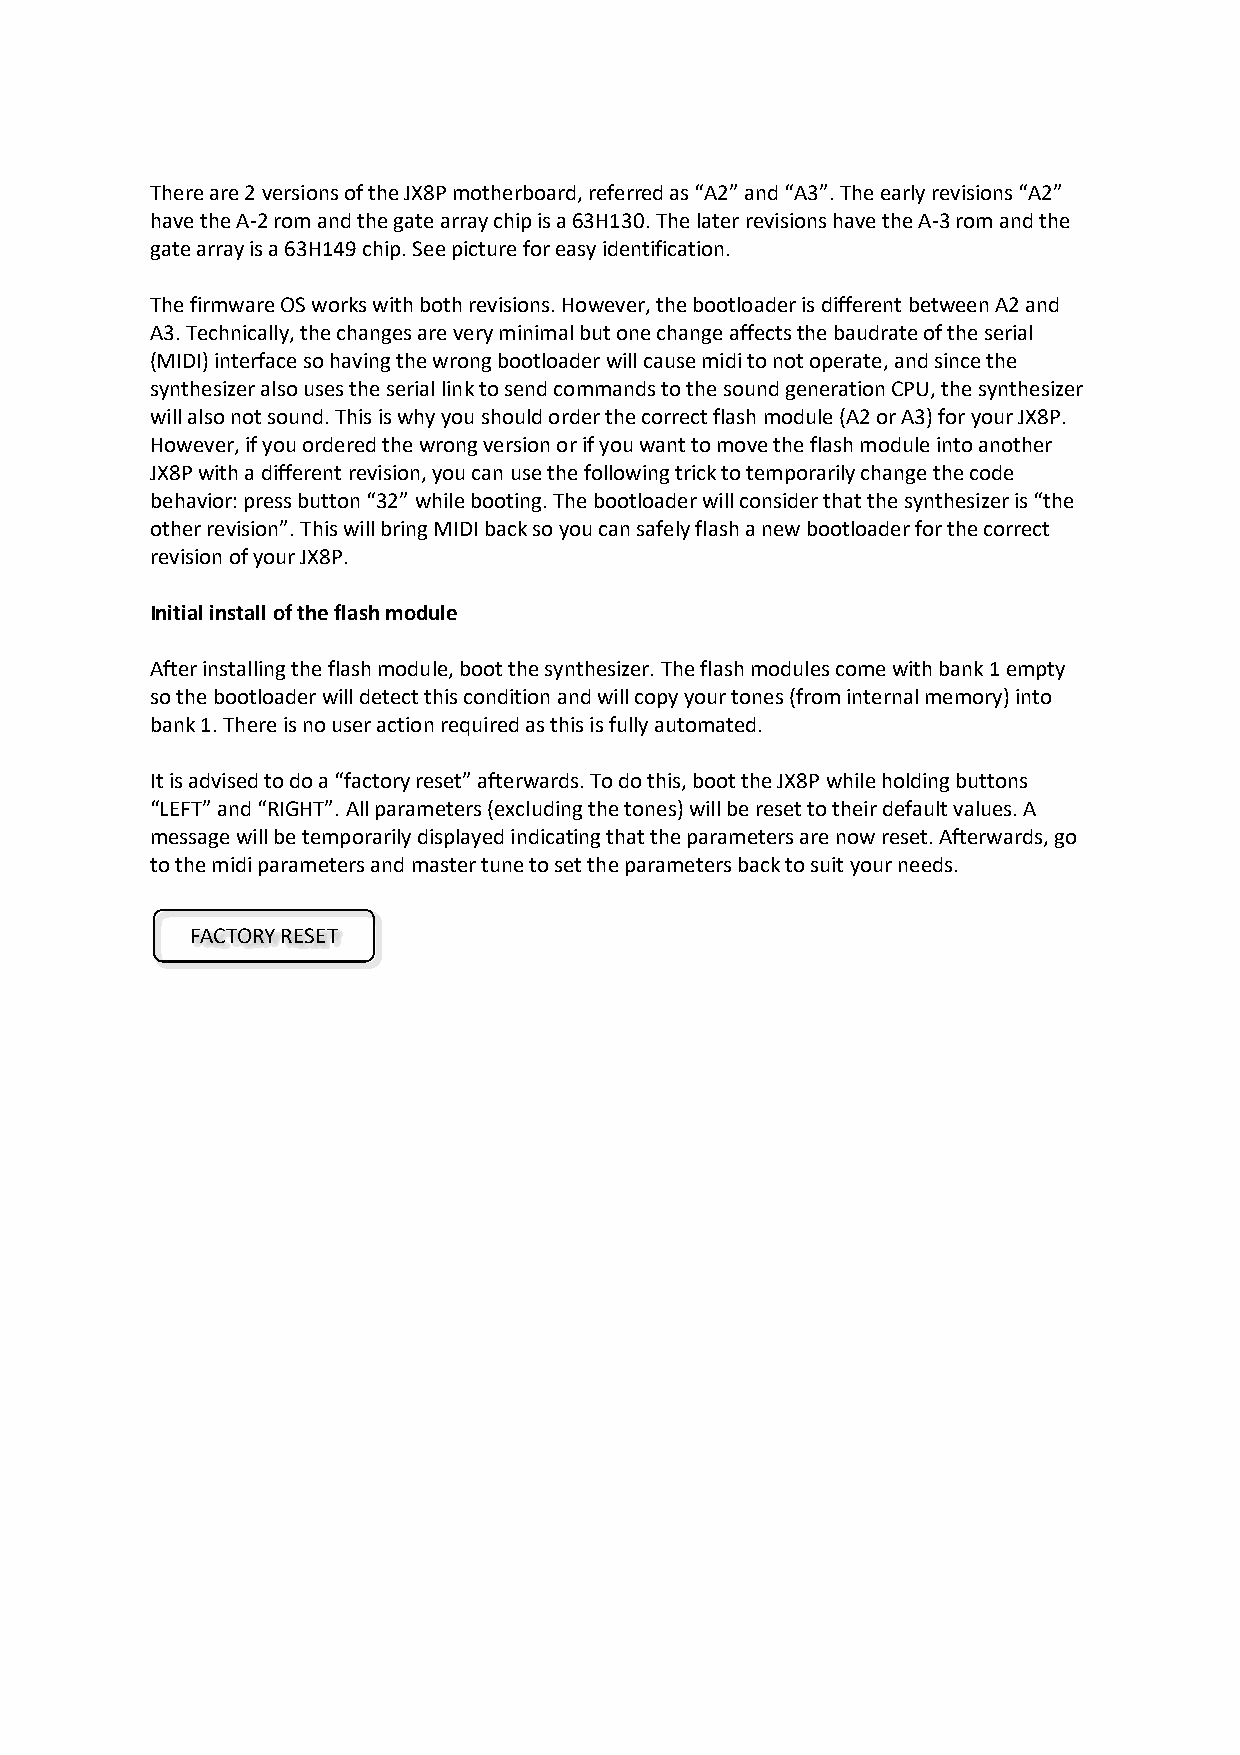
There are 2 versions of the JX8P motherboard, referred as “A2” and “A3”. The early revisions “A2”
 have the A-2 rom and the gate array chip is a 63H130. The later revisions have the A-3 rom and the
 gate array is a 63H149 chip. See picture for easy identification.
 The firmware OS works with both revisions. However, the bootloader is different between A2 and
 A3. Technically, the changes are very minimal but one change affects the baudrate of the serial
 (MIDI) interface so having the wrong bootloader will cause midi to not operate, and since the
 synthesizer also uses the serial link to send commands to the sound generation CPU, the synthesizer
 will also not sound. This is why you should order the correct flash module (A2 or A3) for your JX8P.
 However, if you ordered the wrong version or if you want to move the flash module into another
 JX8P with a different revision, you can use the following trick to temporarily change the code
 behavior: press button “32” while booting. The bootloader will consider that the synthesizer is “the
 other revision”. This will bring MIDI back so you can safely flash a new bootloader for the correct
 revision of your JX8P.
 Initial install of the flash module
 After installing the flash module, boot the synthesizer. The flash modules come with bank 1 empty
 so the bootloader will detect this condition and will copy your tones (from internal memory) into
 bank 1. There is no user action required as this is fully automated.
 It is advised to do a “factory reset” afterwards. To do this, boot the JX8P while holding buttons
 “LEFT” and “RIGHT”. All parameters (excluding the tones) will be reset to their default values. A
 message will be temporarily displayed indicating that the parameters are now reset. Afterwards, go
 to the midi parameters and master tune to set the parameters back to suit your needs.
 FACTORY RESET